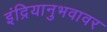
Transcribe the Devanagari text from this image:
इंद्रियानुभवावर